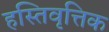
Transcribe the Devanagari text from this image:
हस्तिवृत्तिक